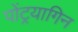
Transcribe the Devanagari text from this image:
पोंट्रयागिन